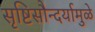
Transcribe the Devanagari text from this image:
सृष्टिसौन्दर्यामुळे